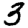
Digit: 3